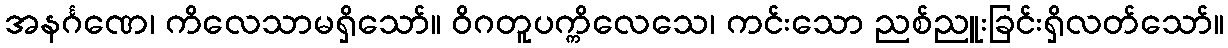
အနင်္ဂဏေ၊ ကိလေသာမရှိသော်။ ဝိဂတူပက္ကိလေသေ၊ ကင်းသော ညစ်ညူးခြင်းရှိလတ်သော်။